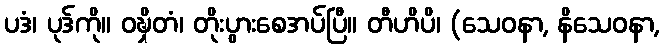
ပဒံ၊ ပုဒ်ကို။ ဝဍ္ဎှိတံ၊ တိုးပွားစေအပ်ပြီ။ တီဟိပိ၊ (သေဝနာ, နိသေဝနာ,